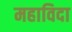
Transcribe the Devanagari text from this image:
महाविदा